Punjab Mental Hospital Lahore 1932-46 - 1932-1946
Year: 1932
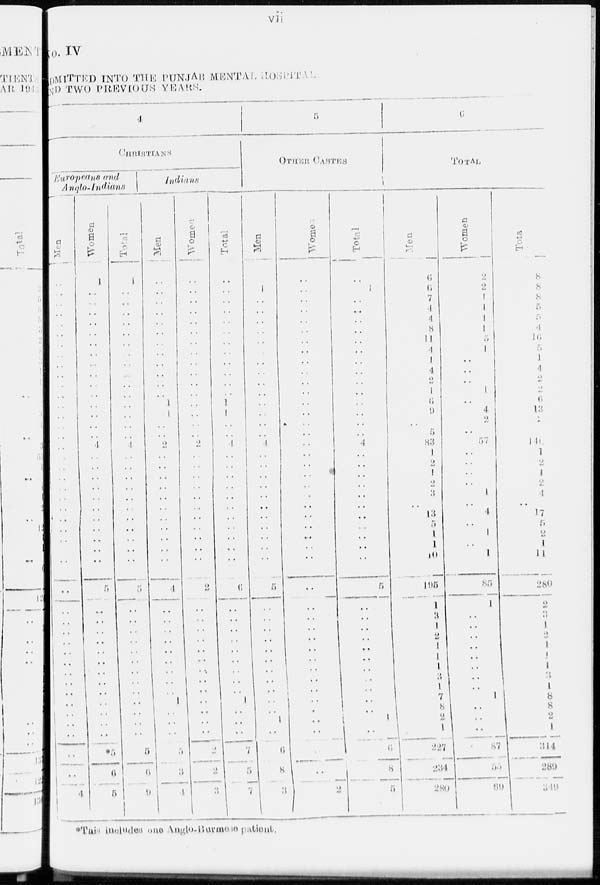
vii
No. IV
ADMITTED INTO THE PUNJAB MENTTAL HOSPITAL
AND TWO PREVIOUS YEARS.
4
CHRISTIANS
Europeans and
Anglo-Indians
Men
..
..
..
..
..
..
..
..
..
..
..
..
..
..
..
..
..
..
..
..
..
..
..
..
..
..
..
..
..
..
..
..
..
..
..
..
..
..
..
..
..
..
..
..
4
Women
1
..
..
..
..
..
..
..
..
..
..
..
..
..
..
..
4
..
..
..
..
..
..
..
..
..
..
..
..
..
..
..
..
..
..
..
..
..
..
..
..
..
*5
6
5
Total
1
..
..
..
..
..
..
..
..
..
..
..
..
..
..
..
4
..
..
..
..
..
..
..
..
..
..
..
..
..
..
..
..
..
..
..
..
..
..
..
..
..
5
6
9
Indians
Men
..
..
..
..
..
..
..
..
..
..
..
..
1
1
..
..
2
..
..
..
..
..
..
..
..
..
..
..
4
..
..
..
..
..
..
..
..
..
1
..
..
..
5
3
4
Women
..
..
..
..
..
..
..
..
..
..
..
..
..
..
..
..
2
..
..
..
..
..
..
..
..
..
..
..
2
..
..
..
..
..
..
..
..
..
..
..
..
..
..
..
..
Total
..
..
..
..
..
..
..
..
..
..
..
..
1
1
..
..
4
..
..
..
..
..
..
..
..
..
..
..
6
..
..
..
..
..
..
..
..
..
1
..
..
..
7
5
7
5
OTHER
CASTES
Men
..
1
..
..
..
..
..
..
..
..
..
..
..
..
..
..
4
..
..
..
..
..
..
..
..
..
..
..
5
..
..
..
..
..
..
..
..
..
..
..
1
..
6
8
3
Women
..
..
..
..
..
..
..
..
..
..
..
..
..
..
..
..
..
..
..
..
..
..
..
..
..
..
..
..
..
..
..
..
..
..
..
..
..
..
..
..
..
..
..
..
2
Total
..
1
..
..
..
..
..
..
..
..
..
..
..
..
..
..
4
..
..
..
..
..
..
..
..
..
..
..
5
..
..
..
..
..
..
..
..
..
..
..
1
..
6
8
5
6
TOTAL
Men
6
6
7
4
4
8
11
4
1
4
2
1
6
9
..
5
83
1
2
1
2
3
..
13
5
1
1
10
195
1
3
1
2
1
1
1
3
1
7
8
2
1
227
234
280
Women
2
2
1
1
1
1
5
1
..
..
..
1
..
4
2
..
57
..
..
..
..
1
..
4
..
1
..
1
85
1
..
..
..
..
..
..
..
..
1
..
..
..
87
55
69
Total
8
8
8
5
5
4
16
5
1
4
2
2
6
13
2
..
140
1
2
1
2
4
..
17
5
2
1
11
280
2
3
1
2
1
1
1
3
1
8
8
2
1
314
289
349
*This includes one Anglo-Burmese patient.